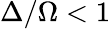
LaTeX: \Delta/\Omega<1